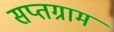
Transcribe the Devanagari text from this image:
सप्तग्राम